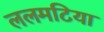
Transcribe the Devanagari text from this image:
ललमटिया